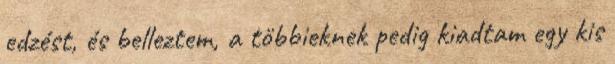
edzést, és belleztem, a többieknek pedig kiadtam egy kis